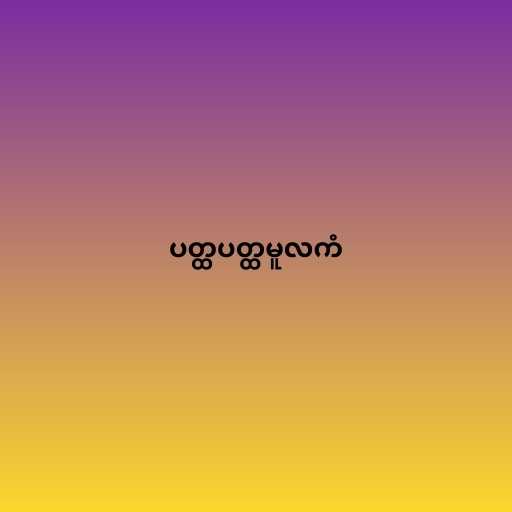
ပတ္ထပတ္ထမူလကံ